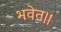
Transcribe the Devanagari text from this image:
भवेत।।